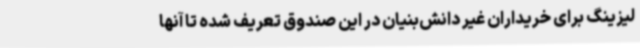
لیزینگ برای خریداران غیر دانش‌بنیان در این صندوق تعریف شده تا آنها